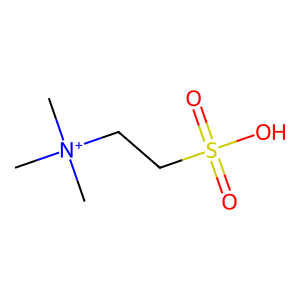
SMILES: C[N+](C)(C)CCS(=O)(=O)O
Inhibits HIV replication: No